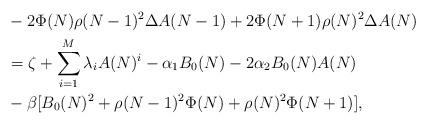
LaTeX: \begin{align*} & -2 \Phi(N) \rho(N-1)^{2} \Delta A(N-1) +2 \Phi(N+1) \rho(N)^{2} \Delta A(N) \\ &= \zeta +\sum_{i=1}^{M} \lambda_{i} A(N)^{i}-\alpha_{1} B_0(N) -2 \alpha_2 B_0(N)A(N) \\ &-\beta [B_0(N)^2 + \rho(N-1)^2 \Phi(N) +\rho(N)^2 \Phi(N+1)], \end{align*}